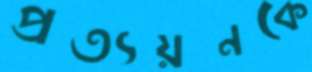
প্রত্যয়নকে